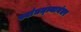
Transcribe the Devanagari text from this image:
स्वांतत्त्र्यानंतर